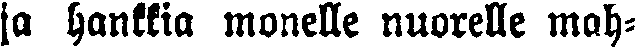
ja hankkia monelle nuorelle mah-